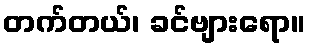
တက်တယ်၊ ခင်ဗျားရော။